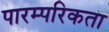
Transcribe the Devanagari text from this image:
पारम्परिकता